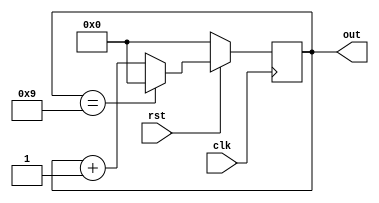
`timescale 1ns / 1ps

module decade_counter(clk, rst, out);

output[3:0] out;
input clk, rst;
reg[3:0] out;

always @(posedge clk)

    begin
     if (!rst)
        out<=0;
     else
        if (out == 9) begin
            out <= 0;
        end
        else begin
        out <= out + 1;
        end
    end

endmodule